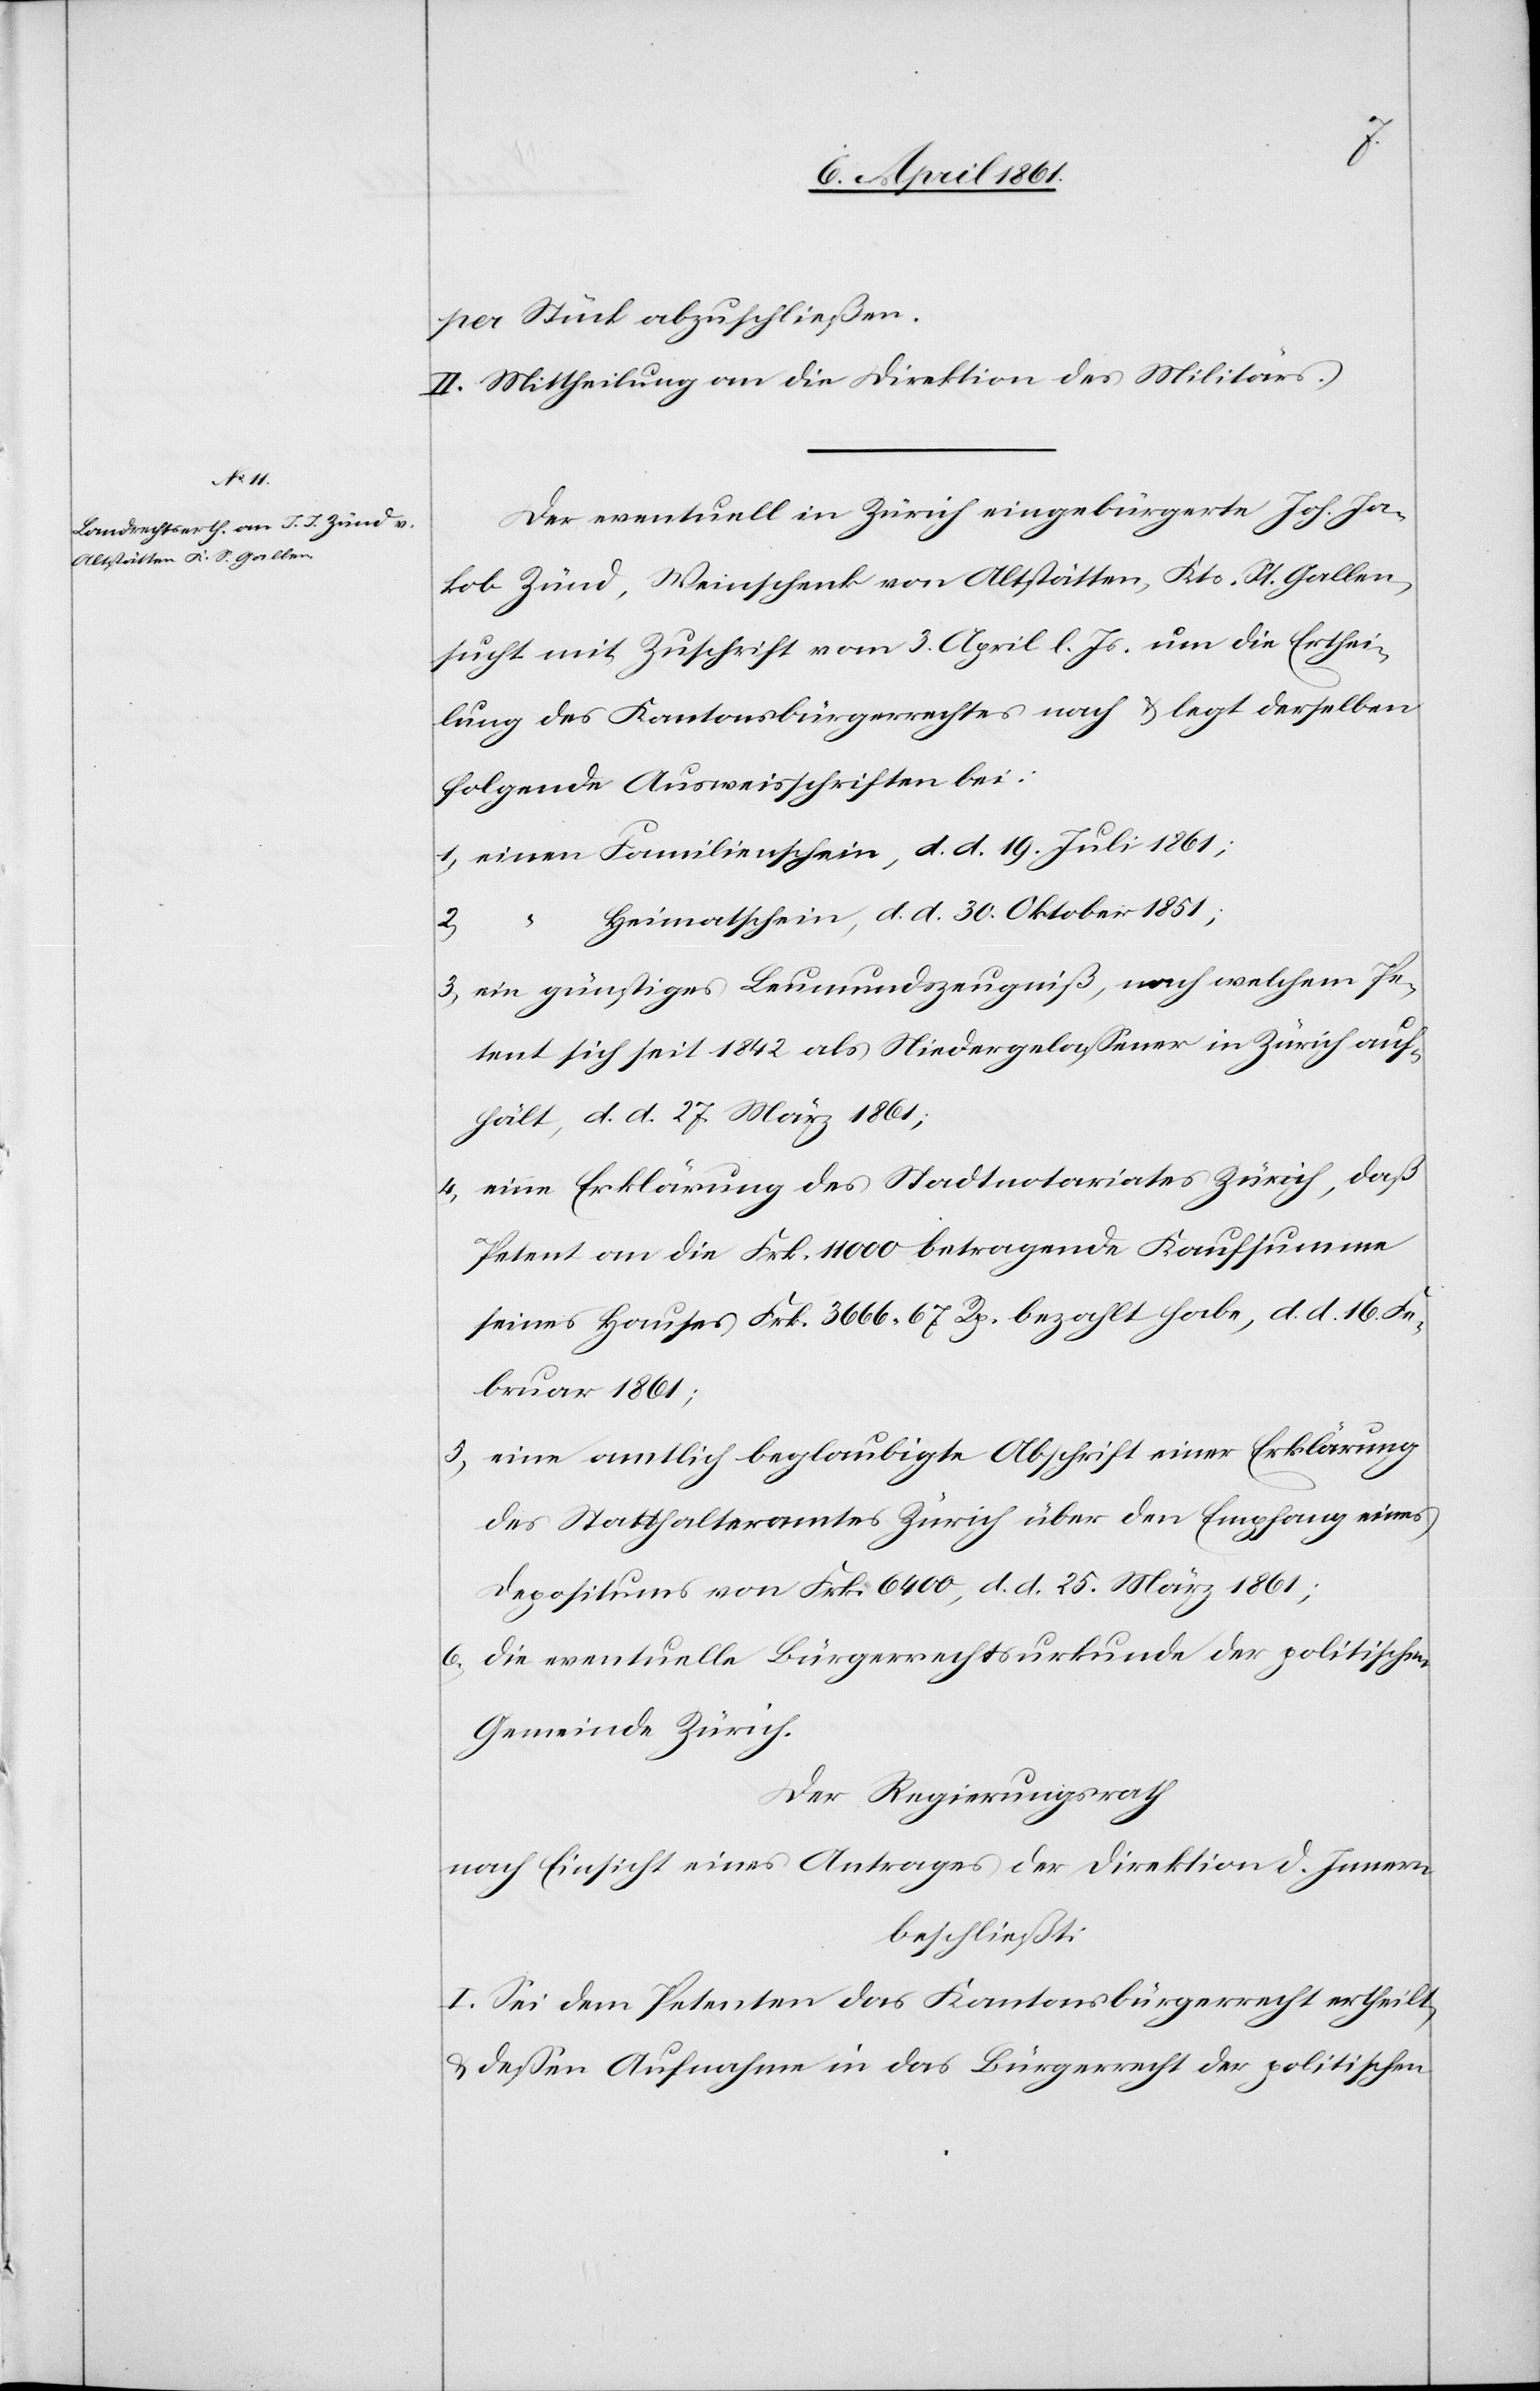
2.

per Stück abzuschließen.
II. Mittheilung an die Direktion des Militärs.
Der eventuell in Zürich eingebürgerte Joh. Ja¬
kob Zünd, Weinschenk von Altstätten, Kts. St. Gallen,
sucht mit Zuschrift vom 3. April l. Js. um die Erthei¬
lung des Kantonsbürgerrechtes nach u. legt derselben
folgende Ausweisschriften bei:
1. einen Familienschein, d. d. 19. Juli 1861;
Heimatschein, d. d. 30. Oktober 1851;
3. ein günstiges Leumundszeugniß, nach welchem Pe¬
tent sich seit 1842 als Niedergelassener in Zürich auf¬
hält, d. d. 27. März 1861;
4. eine Erklärung des Stadtnotariates Zürich, daß
Petent an die Frk. 11 000 betragene Kaufsumme
seines Hauses Frk. 3666 67 Rp. bezahlt habe, d. d. 16. Fe¬
bruar 1861;
5. eine amtlich beglaubigte Abschrift einer Erklärung
des Statthalteramtes Zürich über den Empfang eines
Depositums von Frk. 6400, d. d. 25. März 1861;
6. die eventuelle Bürgerrechtsurkunde der politischen
Gemeinde Zürich.
Der Regierungsrath
nach Einsicht eines Antrages der Direktion d. Innern
beschließt:
I. Sei dem Petenten das Kantonsbürgerrecht ertheilt,
u. deßen Aufnahme in das Bürgerrecht der politischen